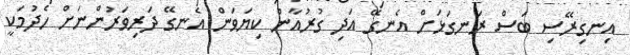
އިނގިރޭސި ބަސް ރަނގަޅަށް އެނގޭ އަދި ގުރުއާން ކިޔަވަން އެނގޭ ދަރިވަރުންނަށް ހެދުމަކީ